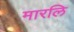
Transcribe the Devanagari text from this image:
मारलि